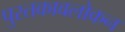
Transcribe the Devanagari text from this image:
पुस्तकावलोकन